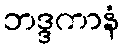
ဘဒ္ဒကာနံ